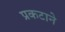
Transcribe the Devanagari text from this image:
प्रकटाने